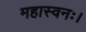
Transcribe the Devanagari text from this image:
महास्वनः।